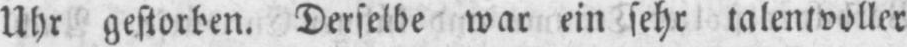
Uhr gestorben. Derselbe war ein sehr talentvoller